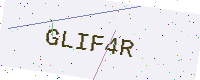
Text: GLIF4R